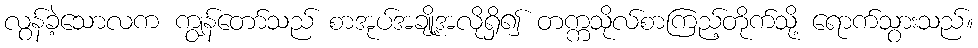
လွန်ခဲ့သောလက ကျွန်တော်သည် စာအုပ်အချို့အလိုရှိ၍ တက္ကသိုလ်စာကြည့်တိုက်သို့ ရောက်သွားသည်။